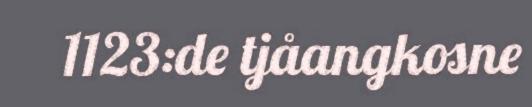
1123:de tjåangkosne